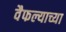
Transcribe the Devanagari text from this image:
वैफल्याच्या